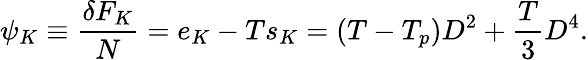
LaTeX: \begin{array}{l}{\displaystyle{\psi_{K}\equiv\frac{\delta F_{K}}{N}=e_{K}-Ts_{K}=(T-T_{p})D^{2}+\frac{T}{3}D^{4}.}}\end{array}